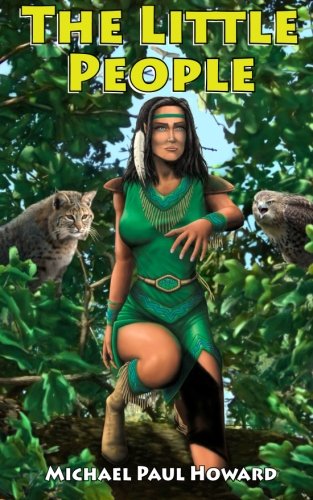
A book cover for The Little People: A Native American Fantasy Adventure; Michael Paul Howard; Science Fiction & Fantasy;